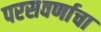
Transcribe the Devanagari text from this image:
परसवर्णाचा